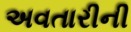
અવતારીની